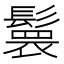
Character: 𮫏